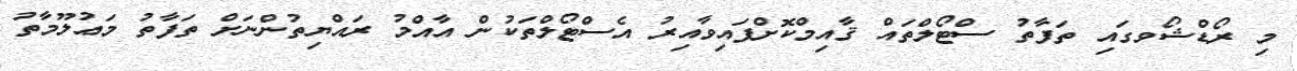
މި ރޯޑްޝޯވގައި ތަފާތު ސްޓޯލްތައް ޤާއިމްކޮށްފައިވާއިރު އެސްޓޯލްތަކުން އާއްމު ރައްޔިތުންނަށް ތަފާތު މަޢުލޫމާތު